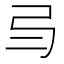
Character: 𢎥